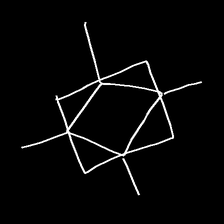
Glyph: light